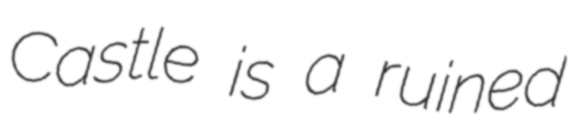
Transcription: Castle is a ruined